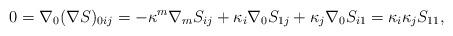
LaTeX: \begin{align*}0=\nabla_0(\nabla S)_{0ij}=-\kappa^m\nabla_mS_{ij}+\kappa_i\nabla_0 S_{1j}+\kappa_j\nabla_0 S_{i1}=\kappa_i\kappa_j S_{11},\end{align*}